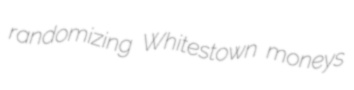
randomizing Whitestown moneys